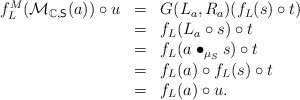
\begin{align*}\begin{array}{lll}f_L^M(\mathcal{M}_{\mathbb{C},\mathsf{S}}(a))\circ u&=&G(L_a,R_a)(f_L(s)\circ t)\\&=&f_L(L_a\circ s)\circ t\\&=&f_L(a\bullet_{\mu_S} s)\circ t\\&=&f_L(a)\circ f_L(s)\circ t\\&=&f_L(a)\circ u.\end{array} \end{align*}